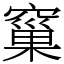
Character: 窼